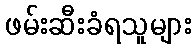
ဖမ်းဆီးခံရသူများ